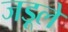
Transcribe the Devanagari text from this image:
जड़ूलें